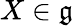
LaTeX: X\in{\mathfrak{g}}